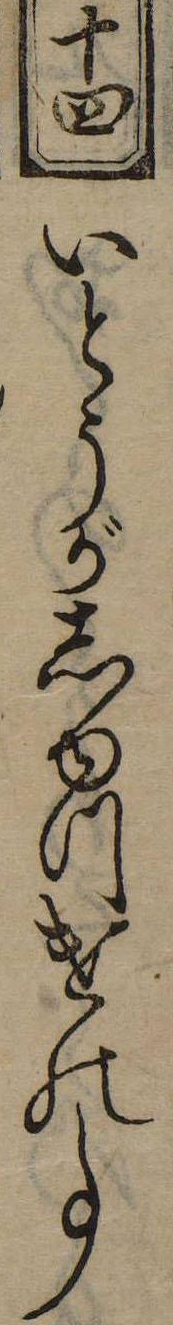
十四いとうがしゆつけの事